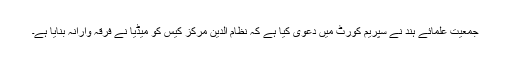
جمعیت علمائے ہند نے سپریم کورٹ میں دعوی ٰکیا ہے کہ نظام الدین مرکز کیس کو میڈیا نے فرقہ وارانہ بنایا ہے۔